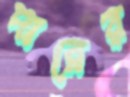
দারের